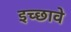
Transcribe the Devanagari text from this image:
इच्छावे